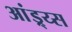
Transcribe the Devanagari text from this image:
आंड्र्य्स